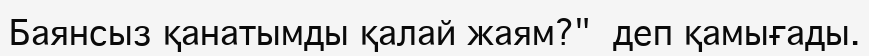
Баянсыз қанатымды қалай жаям?"  деп қамығады.